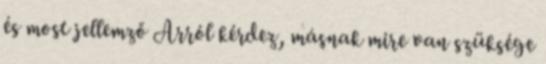
és most jellemző Arról kérdez, másnak mire van szüksége